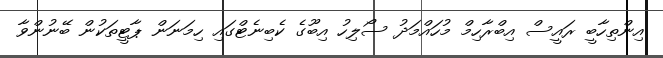
އިންތިހާބީ ރައީސް އިބްރާހިމް މުހައްމަދު ސޯލިހު އިބޫގެ ކެބިނެޓްގައި ހިމަނަން ޕާޓީތަކުން ބޭނުންވާ